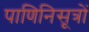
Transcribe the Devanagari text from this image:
पाणिनिसूत्रों